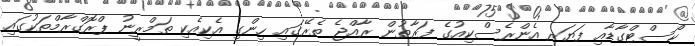
ކޯސްޓްގާޑާއި ފަޔަރ އެންރެސްކިއުގެ ފަރާތުން ރާއްޖެ ތެރޭގައި ހިންގި އެކިއެކި ތަމްރީނު ޕްރޮގްރާމްތަކުގައި